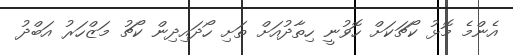
އެންމެ މޮޅު ކޯޗަކަށް ހޮވުނީ ހިތާދުއަށް ތަށި ހޯދައިދިން ކޯޗު މަޒްހަރު އަބްދު